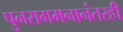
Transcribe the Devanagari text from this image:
पुनरागमनानंतरही